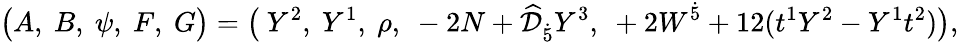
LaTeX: \big(A,~B,~\psi,~F,~G\big)=\big(~Y^{2},~Y^{1},~\rho,~-2N+\widehat{\cal D}_{\dot{5}}Y^{3},~+2W^{\dot{5}}+12(t^{1}Y^{2}-Y^{1}t^{2})\big),